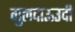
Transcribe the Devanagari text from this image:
गुलदाऊउदी